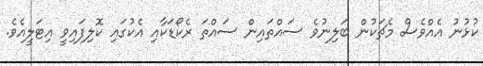
ކުޅުނު އެއްވެސް މެޗަކުން ބަލިނުވެ ސައްތައިން ސައްތަ ރެކޯޑަކާއި އެކުގައި ކޮލިފައިވީ އިޓަލީއެވެ.